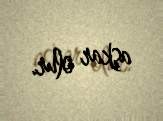
aşkar olur.